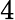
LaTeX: \mathrm{4}